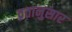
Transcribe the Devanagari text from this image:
व्रतानुसार